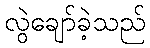
လွဲချော်ခဲ့သည်